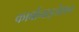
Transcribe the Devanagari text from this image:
कार्बोनाइजेशन